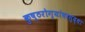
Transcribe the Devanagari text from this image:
कुष्ठरोग्यांवरसुद्धा